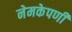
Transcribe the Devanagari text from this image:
नेमकेपणी